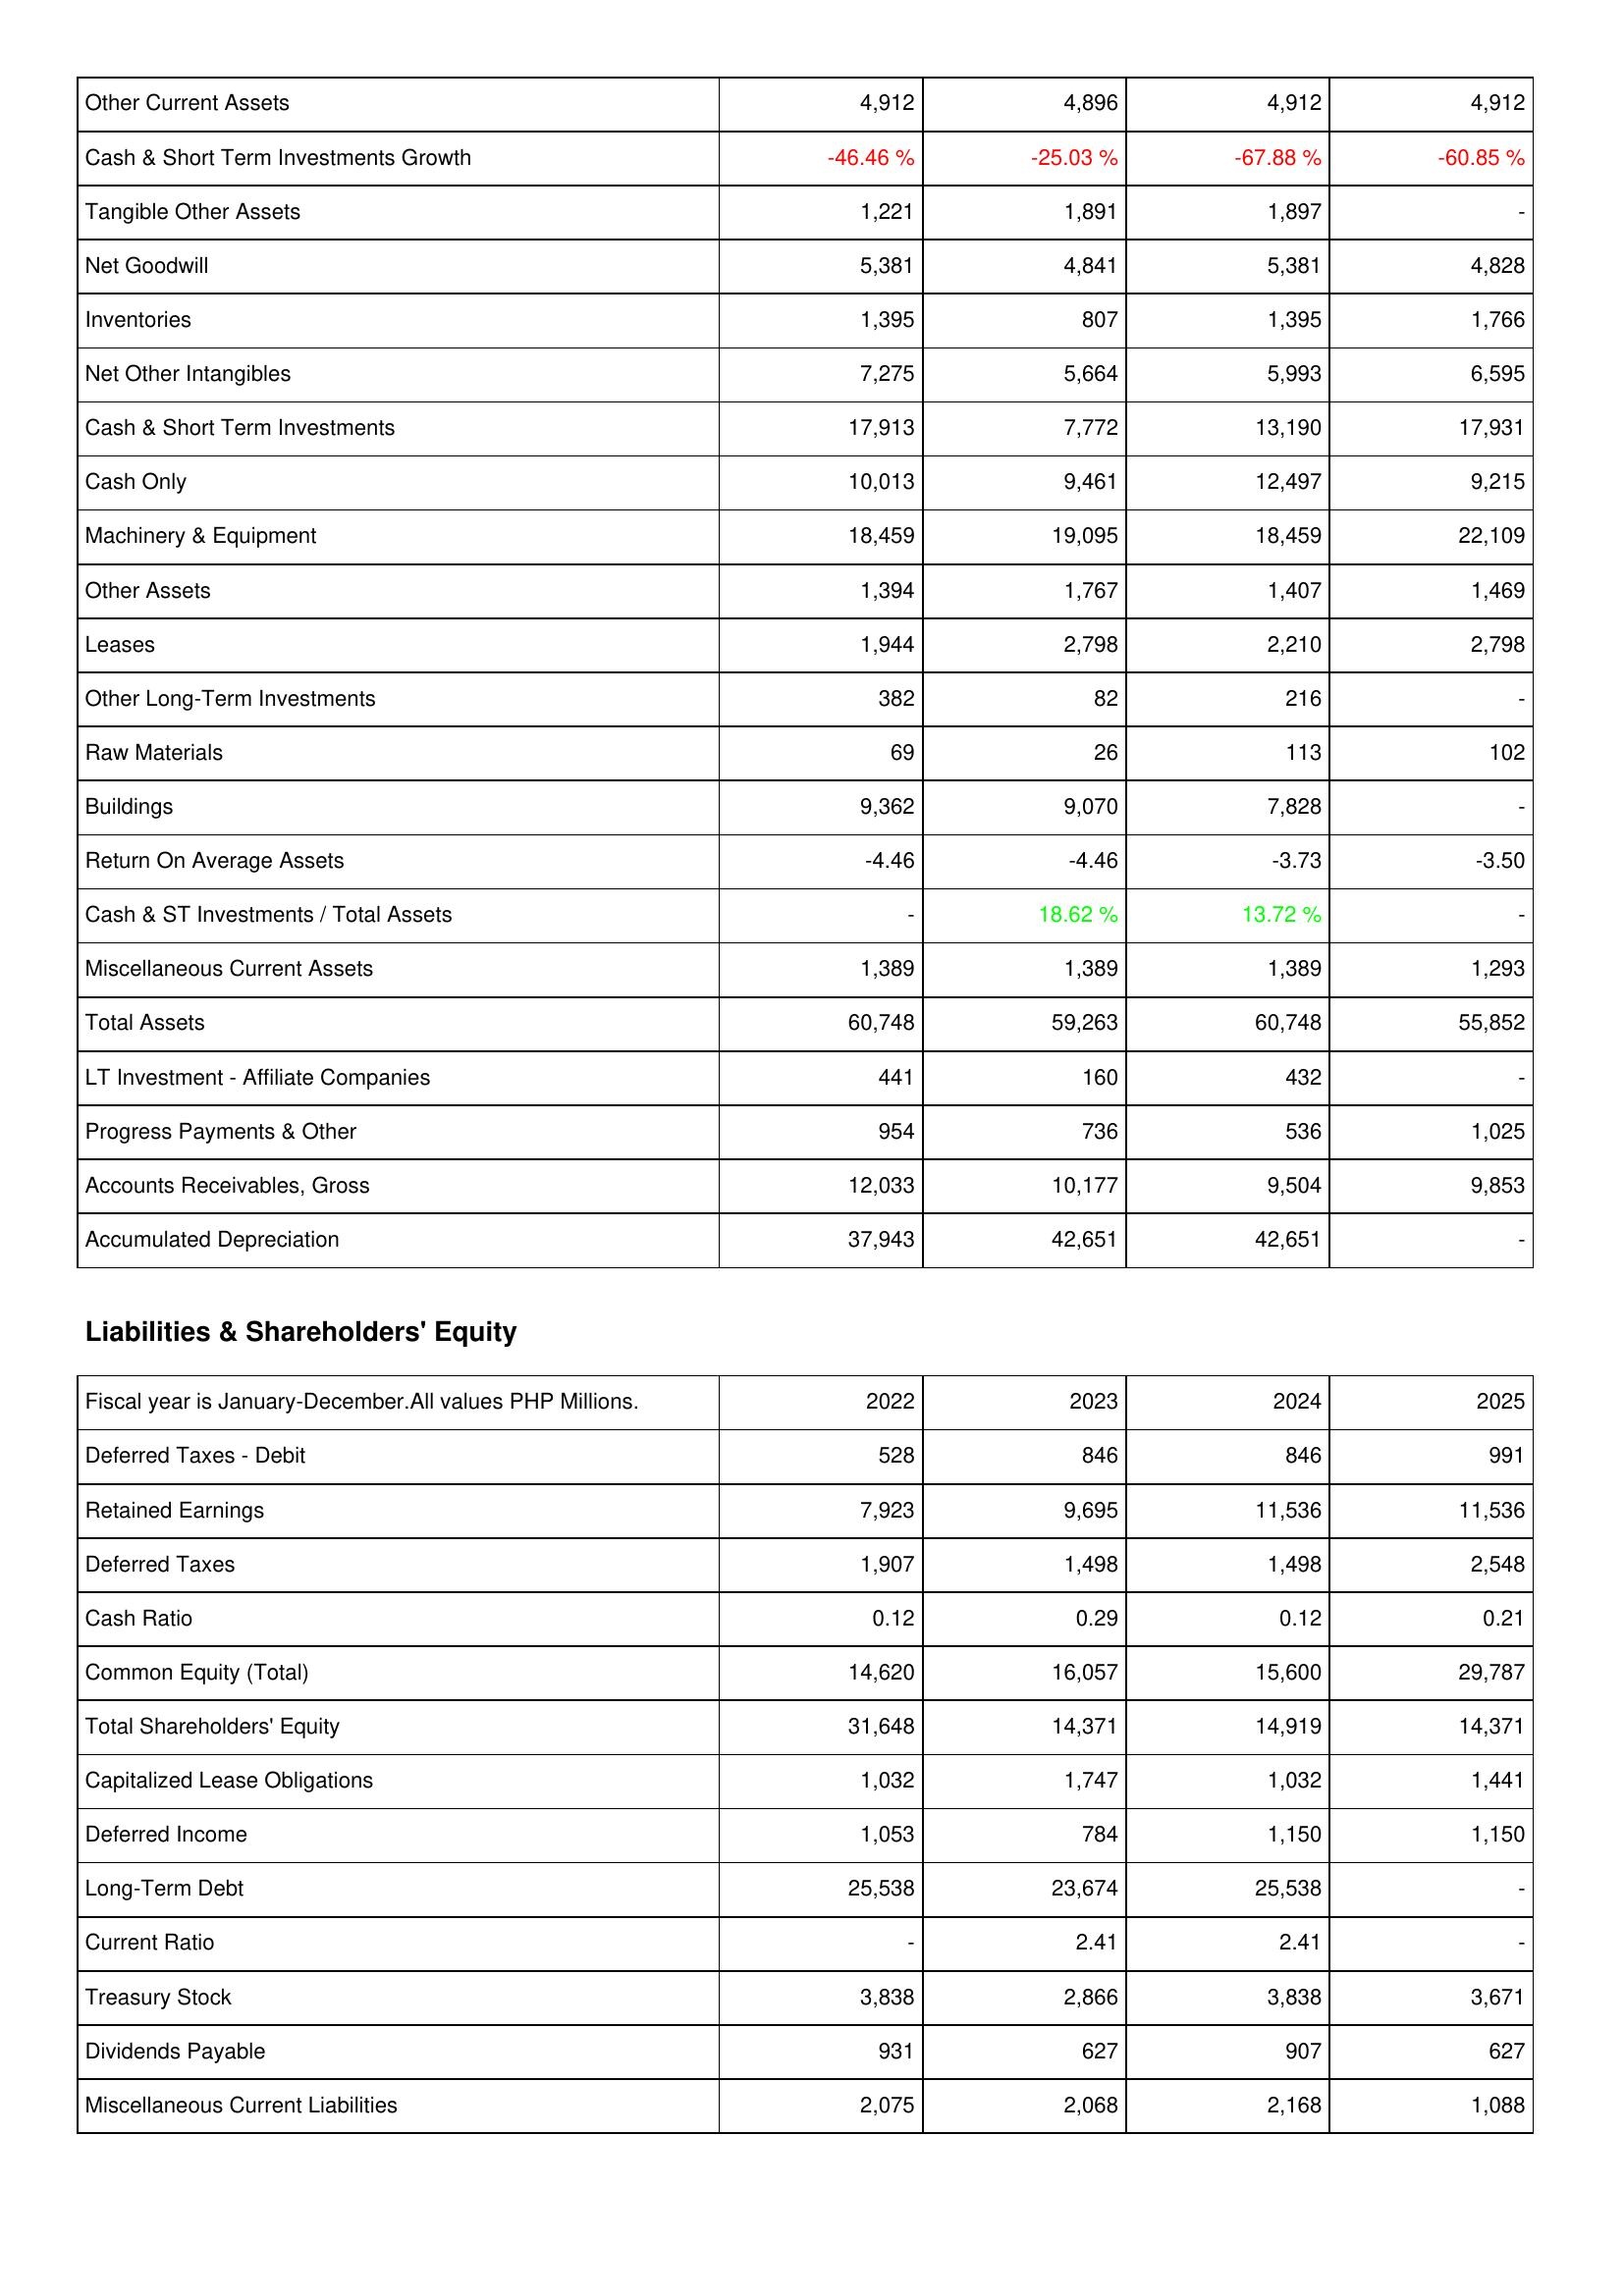
2022: Assets: Other Current Assets: 4,912
Cash & Short Term Investments Growth: -46.46 %
Tangible Other Assets: 1,221
Net Goodwill: 5,381
Inventories: 1,395
Net Other Intangibles: 7,275
Cash & Short Term Investments: 17,913
Cash Only: 10,013
Machinery & Equipment: 18,459
Other Assets: 1,394
Leases: 1,944
Other Long-Term Investments: 382
Raw Materials: 69
Buildings: 9,362
Return On Average Assets: -4.46
Cash & ST Investments / Total Assets: -
Miscellaneous Current Assets: 1,389
Total Assets: 60,748
LT Investment - Affiliate Companies: 441
Progress Payments & Other: 954
Accounts Receivables, Gross: 12,033
Accumulated Depreciation: 37,943
Liabilities & Shareholders' Equity: Deferred Taxes - Debit: 528
Retained Earnings: 7,923
Deferred Taxes: 1,907
Cash Ratio: 0.12
Common Equity (Total): 14,620
Total Shareholders' Equity: 31,648
Capitalized Lease Obligations: 1,032
Deferred Income: 1,053
Long-Term Debt: 25,538
Current Ratio: -
Treasury Stock: 3,838
Dividends Payable: 931
Miscellaneous Current Liabilities: 2,075
2023: Assets: Other Current Assets: 4,896
Cash & Short Term Investments Growth: -25.03 %
Tangible Other Assets: 1,891
Net Goodwill: 4,841
Inventories: 807
Net Other Intangibles: 5,664
Cash & Short Term Investments: 7,772
Cash Only: 9,461
Machinery & Equipment: 19,095
Other Assets: 1,767
Leases: 2,798
Other Long-Term Investments: 82
Raw Materials: 26
Buildings: 9,070
Return On Average Assets: -4.46
Cash & ST Investments / Total Assets: 18.62 %
Miscellaneous Current Assets: 1,389
Total Assets: 59,263
LT Investment - Affiliate Companies: 160
Progress Payments & Other: 736
Accounts Receivables, Gross: 10,177
Accumulated Depreciation: 42,651
Liabilities & Shareholders' Equity: Deferred Taxes - Debit: 846
Retained Earnings: 9,695
Deferred Taxes: 1,498
Cash Ratio: 0.29
Common Equity (Total): 16,057
Total Shareholders' Equity: 14,371
Capitalized Lease Obligations: 1,747
Deferred Income: 784
Long-Term Debt: 23,674
Current Ratio: 2.41
Treasury Stock: 2,866
Dividends Payable: 627
Miscellaneous Current Liabilities: 2,068
2024: Assets: Other Current Assets: 4,912
Cash & Short Term Investments Growth: -67.88 %
Tangible Other Assets: 1,897
Net Goodwill: 5,381
Inventories: 1,395
Net Other Intangibles: 5,993
Cash & Short Term Investments: 13,190
Cash Only: 12,497
Machinery & Equipment: 18,459
Other Assets: 1,407
Leases: 2,210
Other Long-Term Investments: 216
Raw Materials: 113
Buildings: 7,828
Return On Average Assets: -3.73
Cash & ST Investments / Total Assets: 13.72 %
Miscellaneous Current Assets: 1,389
Total Assets: 60,748
LT Investment - Affiliate Companies: 432
Progress Payments & Other: 536
Accounts Receivables, Gross: 9,504
Accumulated Depreciation: 42,651
Liabilities & Shareholders' Equity: Deferred Taxes - Debit: 846
Retained Earnings: 11,536
Deferred Taxes: 1,498
Cash Ratio: 0.12
Common Equity (Total): 15,600
Total Shareholders' Equity: 14,919
Capitalized Lease Obligations: 1,032
Deferred Income: 1,150
Long-Term Debt: 25,538
Current Ratio: 2.41
Treasury Stock: 3,838
Dividends Payable: 907
Miscellaneous Current Liabilities: 2,168
2025: Assets: Other Current Assets: 4,912
Cash & Short Term Investments Growth: -60.85 %
Tangible Other Assets: -
Net Goodwill: 4,828
Inventories: 1,766
Net Other Intangibles: 6,595
Cash & Short Term Investments: 17,931
Cash Only: 9,215
Machinery & Equipment: 22,109
Other Assets: 1,469
Leases: 2,798
Other Long-Term Investments: -
Raw Materials: 102
Buildings: -
Return On Average Assets: -3.50
Cash & ST Investments / Total Assets: -
Miscellaneous Current Assets: 1,293
Total Assets: 55,852
LT Investment - Affiliate Companies: -
Progress Payments & Other: 1,025
Accounts Receivables, Gross: 9,853
Accumulated Depreciation: -
Liabilities & Shareholders' Equity: Deferred Taxes - Debit: 991
Retained Earnings: 11,536
Deferred Taxes: 2,548
Cash Ratio: 0.21
Common Equity (Total): 29,787
Total Shareholders' Equity: 14,371
Capitalized Lease Obligations: 1,441
Deferred Income: 1,150
Long-Term Debt: -
Current Ratio: -
Treasury Stock: 3,671
Dividends Payable: 627
Miscellaneous Current Liabilities: 1,088